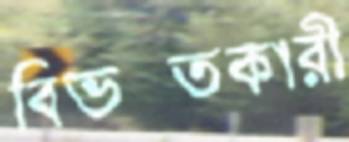
বিভক্তকারী